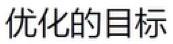
优化的目标